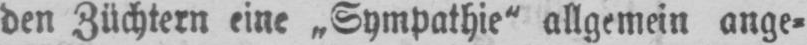
den Züchtern eine „Sympathie“ allgemein ange⸗